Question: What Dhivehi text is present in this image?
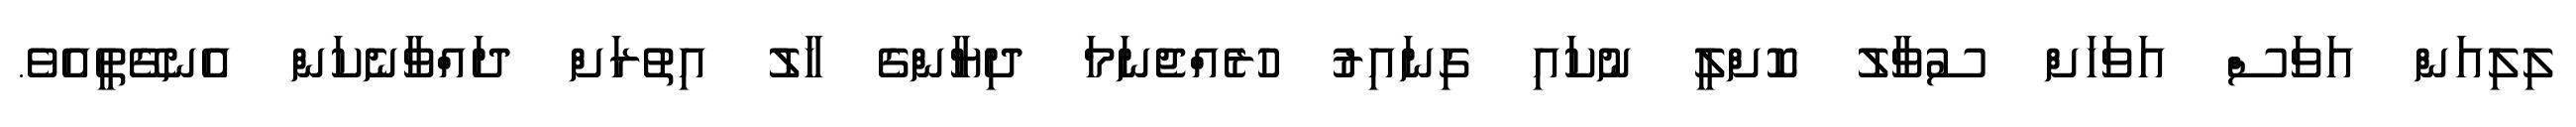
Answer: ލިލިއަން އަވަސް އަވަހަށް ސުވާލު ކޮށްލީ ނުކައި ގިނައިރު ހުރެއްޖެނަމަ ދިޔާންގެ ހާލު އިތުރަށް ދައްވާނެކަން އެނގޭތީއެވެ.